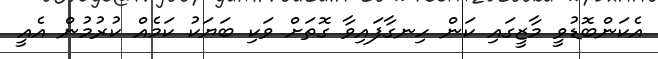
އެކަންބޮޑުވީ މާޒީގައި ކަން ހިނގާފައިވާ ގޮތަށް ވަކި ބަޔަކު ކަމެއް ކުރުމުން އެއީ